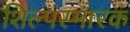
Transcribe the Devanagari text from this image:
शिल्पस्मारक